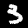
Digit: 3